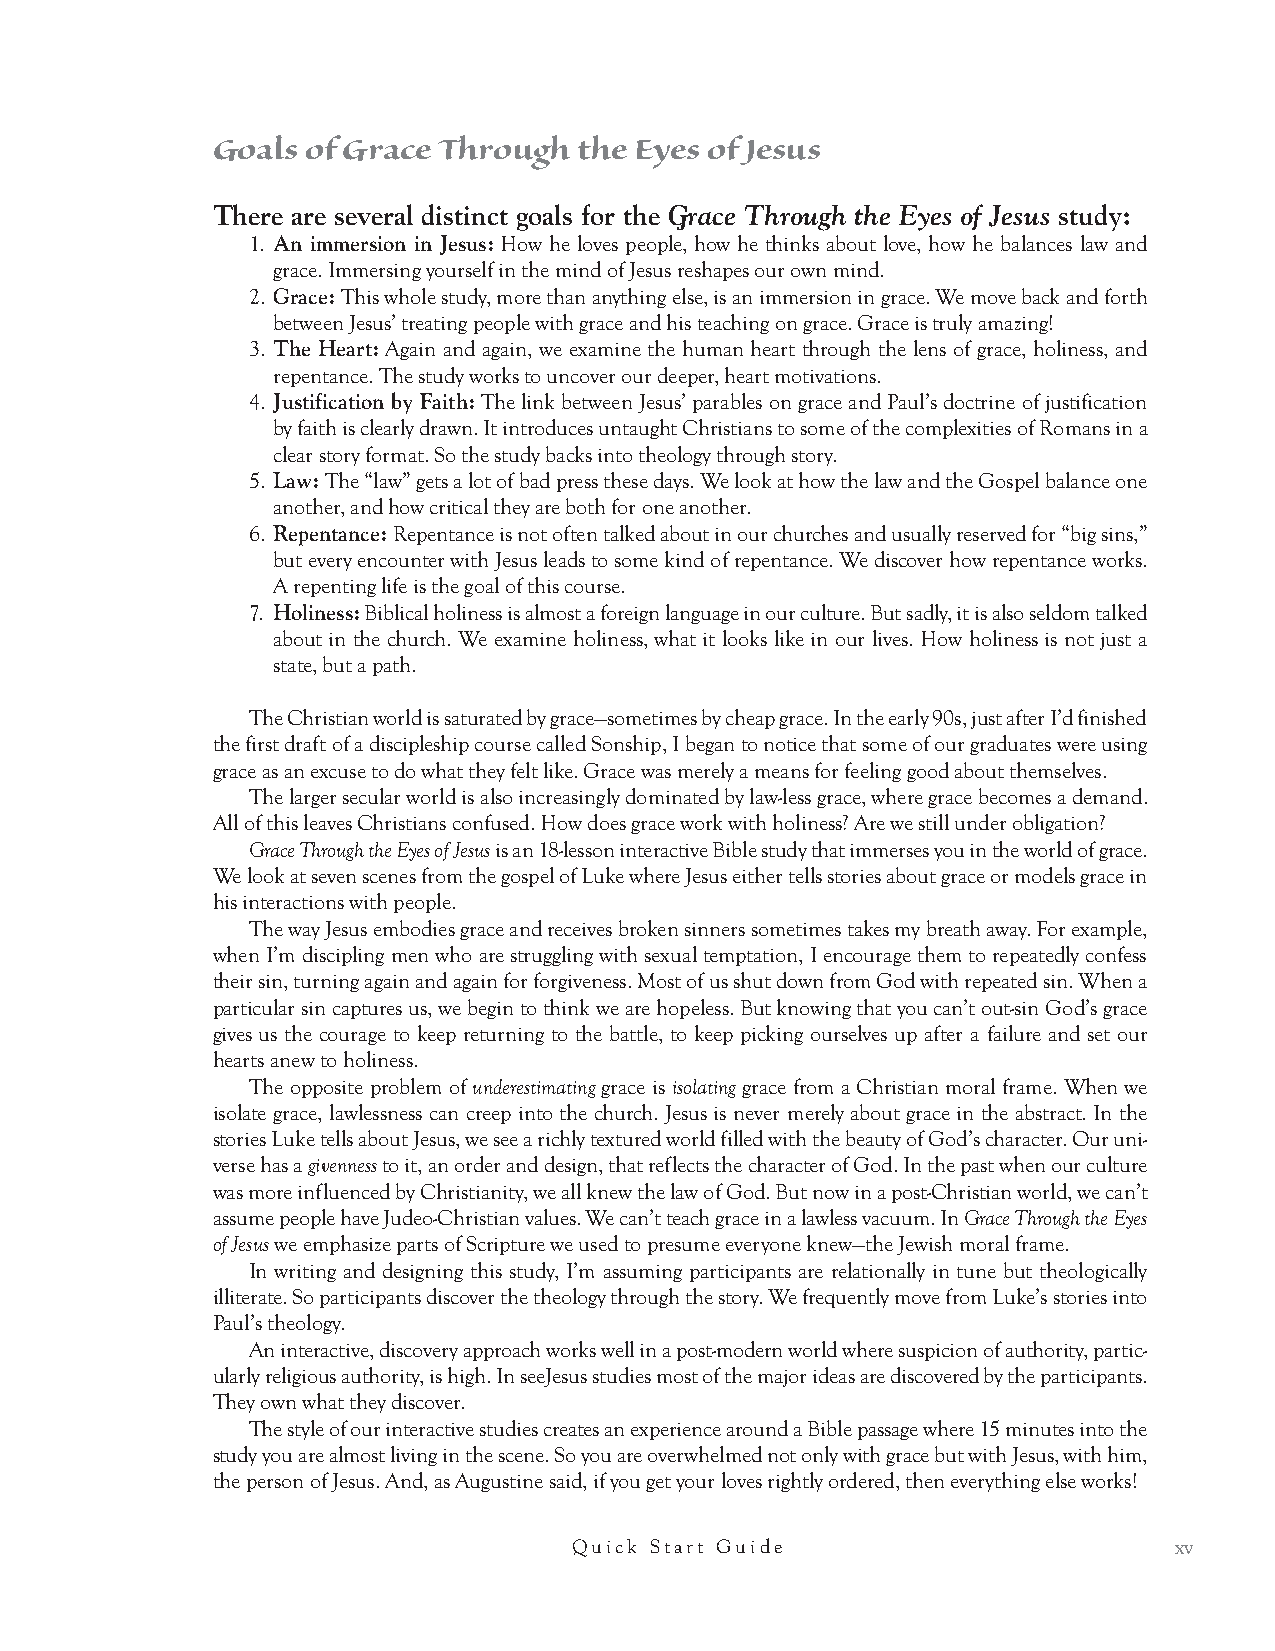
● Be sensitive to the subject and the person raising the issue. If it appears to be just a trivial or purely
 intellectual subject, go back to your lesson plan. But if it appears to be connected with a heart issue or
 something the person is really struggling with take the time to answer it or ask others in the group what
 they think.
 Poor readers or non-readers.
 ● The simplest aid is to write the text out on the flip chart ahead of time and tape it to the wall. Read it
 slowly several times, point to the words as you read, so they can hear it and pick up most of the words.
 Can  I Include Non-Christians in a Group?
 ● seeJesus Interactive Bible Studies are geared for both seekers and mature believers in one group. Instead of
 preaching at a seeker, the content of the study slowly draws them into seeing Jesus. The study does not
 assume that unbelieving participants are pursuing a relationship with Jesus.
 ● Both can learn from the study because relationships are difficult for all of us, and everyone can benefit
 from an in-depth, insightful study of the Scriptures. The study puts everyone on a level playing field.
 The questions do not assume any prior knowledge of biblical material, nor does it expect participants
 to have a biblical worldview.
 xii           Grace Through the Eyes of Jesus Interactive Bible Study